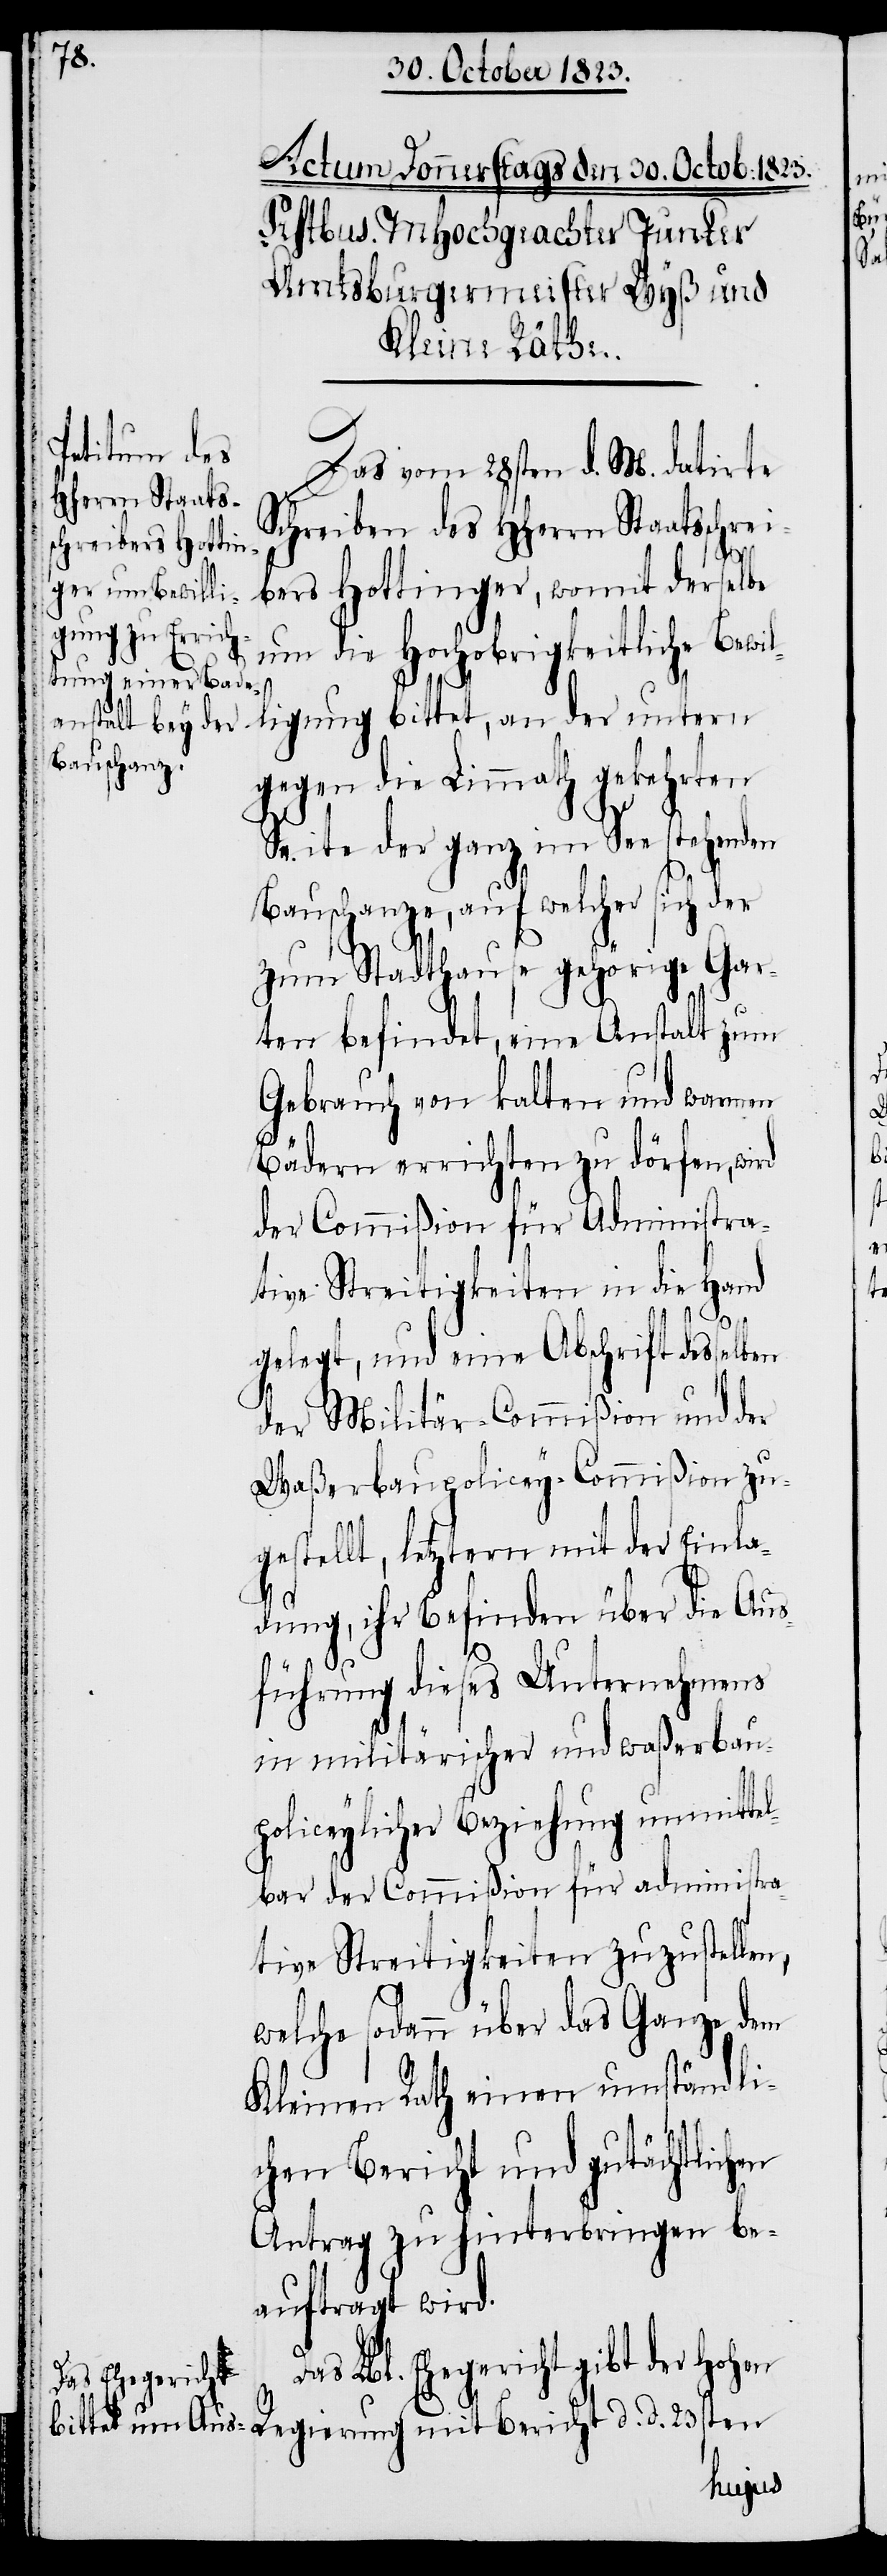
Das vom 28sten d. M. datirte
Schreiben des HHerrn Staatsschrei¬
bers Hottinger, womit derselbe
um die Hochobrigkeitliche B¬
ligung bittet, an der untern
gegen die Limmath gekehrten
Seite der ganz im See stehenden
Bauschanze, auf welcher sich der
zum Stadthause gehörige Gar¬
ten befindet, eine Anstalt zum
Gebrauch von kalten und warmen
Bädern errichten zu dörfen, wird
der Commißion für Administra¬
tive Streitigkeiten in die Hand
d.
gelegt, und eine Abschrift desselben
der Militär-Commißion und der
Waßerbaupolicey-Commißion zu¬
gestellt, letztern mit der Einla¬
dung, ihr Befinden über die Aus¬
führung dieses Unternehmens
in militärischer und waßerbau¬
policeylicher Beziehung unmittel¬
bar der Commißion für administra¬
tive Streitigkeiten zuzustellen,
welche sodann über das Ganze dem
Kleinen Rath einen umständli¬
chen Bericht und gutächtlichen
Antrag zu hinterbringen be¬
auftragt wird.
Das Lbl. Ehegericht gibt der hohen
Bericht